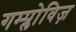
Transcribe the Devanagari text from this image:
गम्प्लोविज़